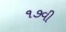
૧૭વી